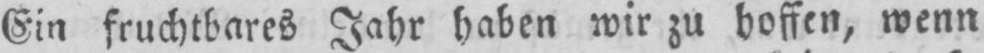
Ein fruchtbares Jahr haben wir zu hoffen, wenn